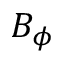
B _ { \phi }